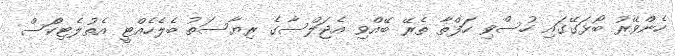
ހެންވޭރު ބޯޅަގޭގައި ހުސްވި ހަފްތާ ތެރޭ ބޭއްވި އެޖަލްސާގެ ރިޔާސަތު ބެލެހެއްޓީ އެތުލެޓިކްަސް